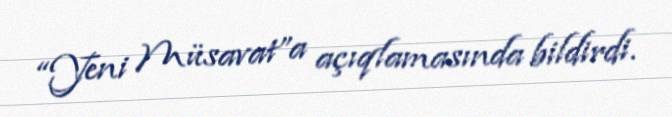
“Yeni Müsavat”a açıqlamasında bildirdi.